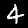
Label: 4